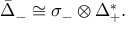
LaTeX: { \bar { \Delta } } _ { - } \cong \sigma _ { - } \otimes \Delta _ { + } ^ { * } .